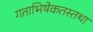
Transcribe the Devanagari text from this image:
गताभिषेकतस्तथा